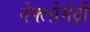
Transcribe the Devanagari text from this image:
नेफ्लोमेट्री